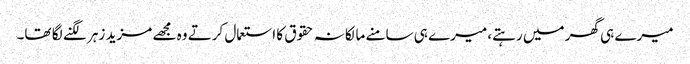
میرے ہی گھر میں رہتے، میرے ہی سامنے مالکانہ حقوق کا استعمال کرتے وہ مجھے مزید زہر لگنے لگا تھا۔